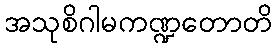
အသုစိဂါမကဏ္ဍတောတိ